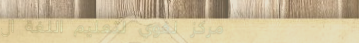
مركز لغوي لتعليم اللغة ال